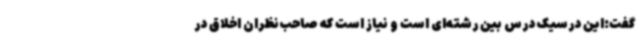
گفت:این درسیک درس بین رشته‌ای است و نیاز است که صاحب‌نظران اخلاق در